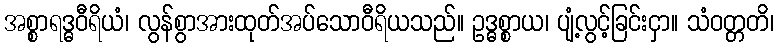
အစ္စာရဒ္ဓဝီရိယံ၊ လွန်စွာအားထုတ်အပ်သောဝီရိယသည်။ ဥဒ္ဓစ္စာယ၊ ပျံ့လွင့်ခြင်းငှာ။ သံဝတ္တတိ၊